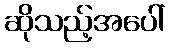
ဆိုသည့်အပေါ်